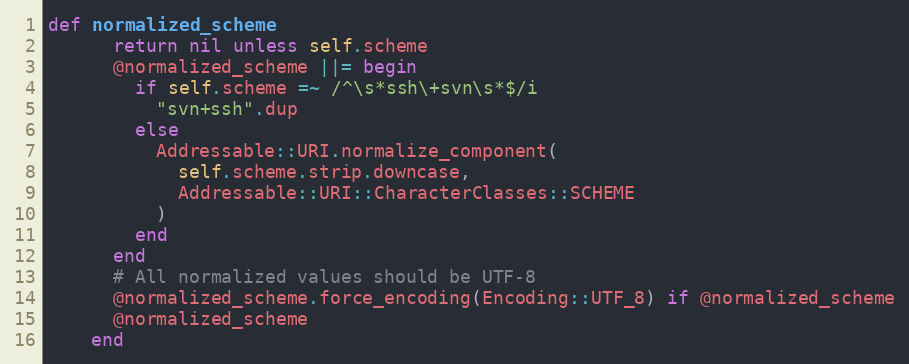
Language: Ruby
def normalized_scheme
      return nil unless self.scheme
      @normalized_scheme ||= begin
        if self.scheme =~ /^\s*ssh\+svn\s*$/i
          "svn+ssh".dup
        else
          Addressable::URI.normalize_component(
            self.scheme.strip.downcase,
            Addressable::URI::CharacterClasses::SCHEME
          )
        end
      end
      # All normalized values should be UTF-8
      @normalized_scheme.force_encoding(Encoding::UTF_8) if @normalized_scheme
      @normalized_scheme
    end